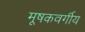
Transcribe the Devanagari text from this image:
मूषकवर्गीय